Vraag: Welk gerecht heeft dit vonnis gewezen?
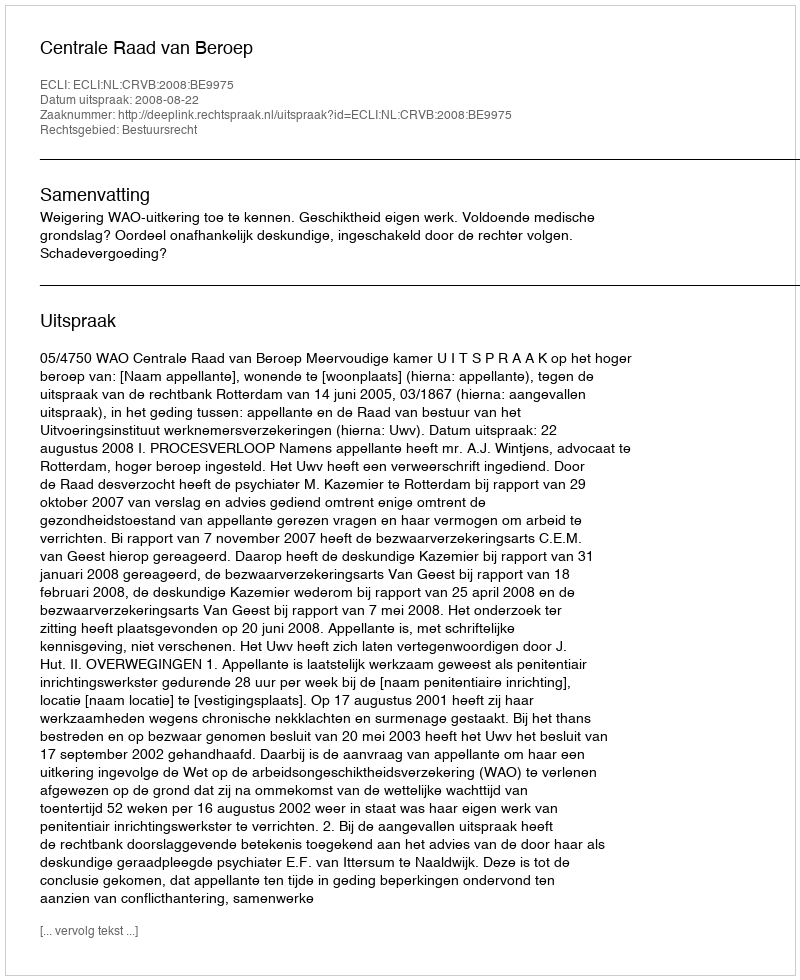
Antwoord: Centrale Raad van Beroep